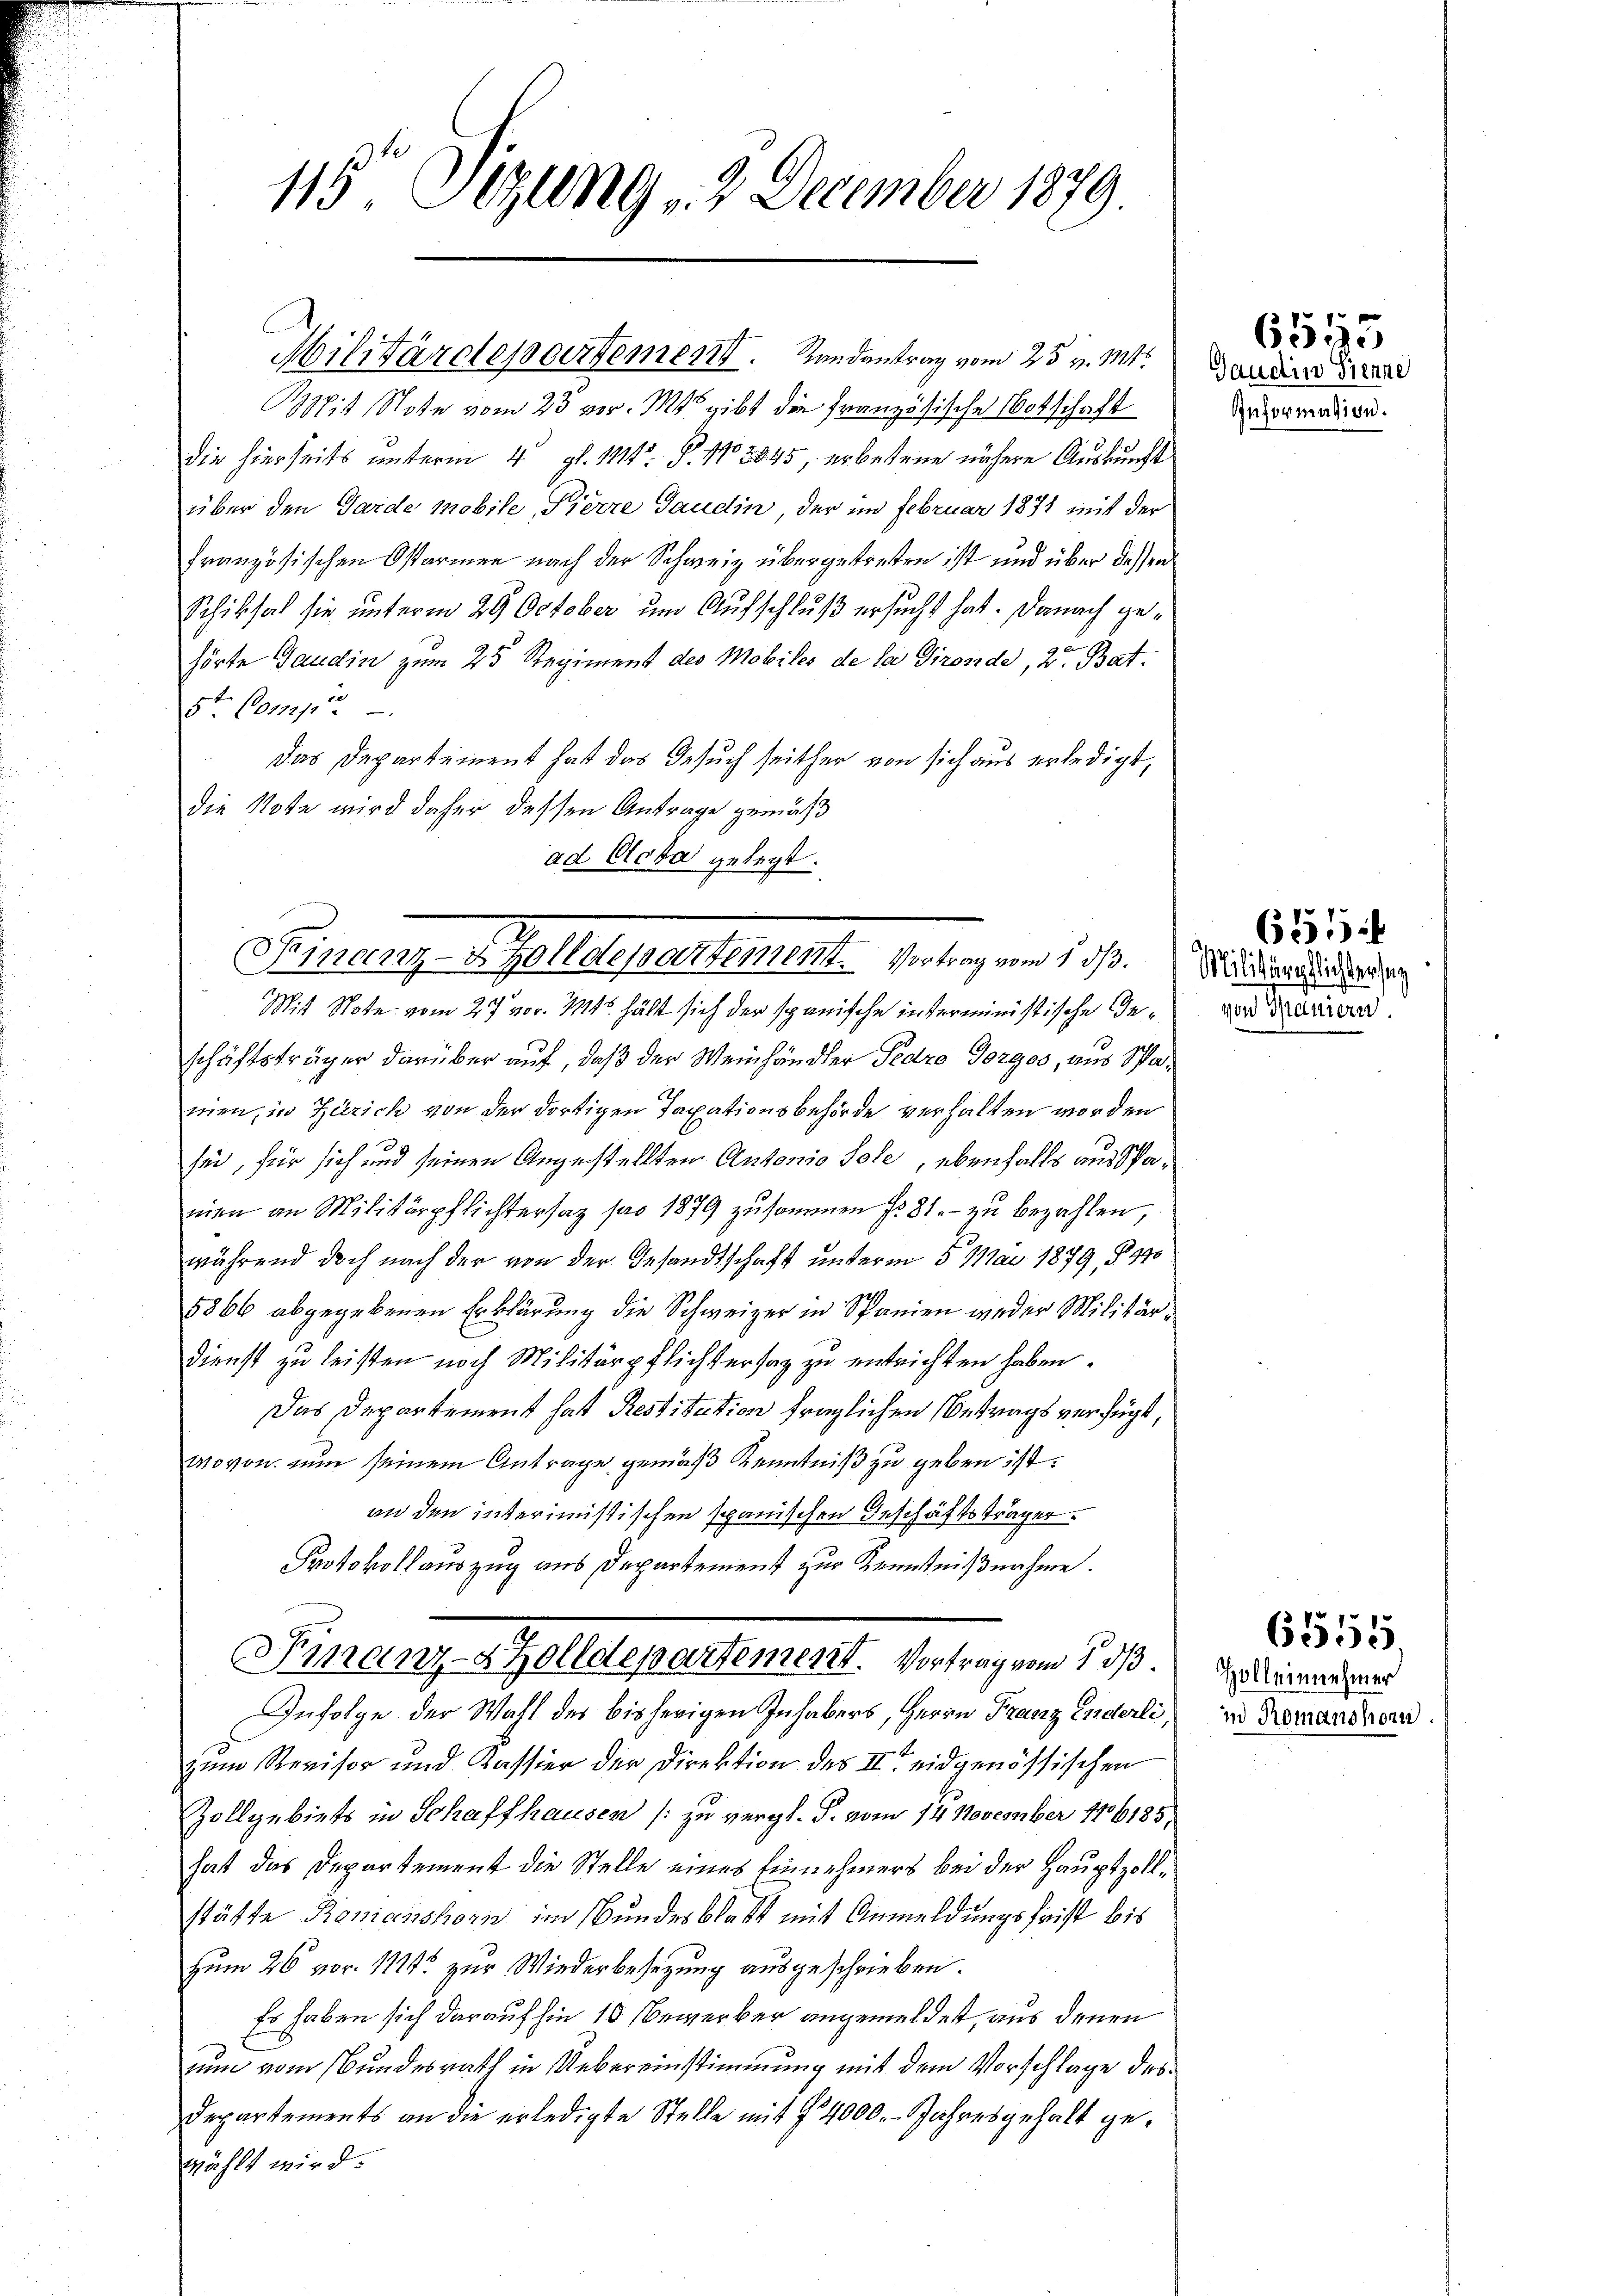
Mit Note vom 23 vor. Mts gibt die Französische Botschaft
die hierseits unterm 4. gl. Mt. P. No 2845, erbetene nähere Auskunft
über den Garde mobile, Pierre Gaudin, der im Februar 1871 mit der
französischen Ostarmen nach der Schweiz übergetreten ist und über dessen
Schiksal sie unterm 29. October um Aufschluß ersucht hat. Danach gehörte Gaudin zum 25 Regiment des Mobiles de la Gironde, 2. Bat.
5ten (17
Das Departement hat das Gesuch seither von sich aus erledigt,
die Note wird daher dessen Antrage gemäß
ad Acta gelegt.

115 Sizung 2 December 1879.

Militärdepartement. Randantrag vom 25. v. Mts.

Finanz-Zolldepartement. Vertrag und 11. Studieren der

Mit Note vom 27. vor. 111. hält sich der spanische interministische Geschäftsträger darüber auf, daß der Weinhändler Pedro Gorges, aus Spamien, in Zürich von der dortigen Taxationsbehörde verhalten worden
sei, für sich und seinen Angestellten Antonio Sole, ebenfalls aus Spareien an Militärpflichtersatz pro 1879 zusammen fr. 81. zu bezahlen,
während doch nach der von der Gesandtschaft unterm 5. Mai 1879, § 310
8866 abgegebenen Erklärung die Schweizer in Spanien weder Militär¬
Dienst zu leisten noch Militärpflichtertag zu entrichten haben.
Das Departement hat Restitution fraglichen Betrags verfügt,
wovon nun seinem Antrage gemäβ Kenntniß zu geben ist.
an den interimistischen spanischen Geschäftsträger.
Protokollauszug aus Departement zur Kenntnißnahme.
Finanz-Zolldepartement. Vortrag vom 1. ds.
Infolge der Wahl des bisherigen Inhabers, Herrn Franz Enderli,
zum Revisor und Kassier der Direktion des II eidgenössischen
Zollgebiets in Schaffhausen (zu vergl. J. vom 14 November 176185
hat das Departement die Stelle eines Einnehmers bei der Hauptzollstätte Konionshorn im Bundesblatt mit Anmeldungsfrist bis
Zum 26 vor. 1114 zur Wiederbesetzung ausgeschrieben.
Es haben sich darauf hin 10 bewerber angemeldet, aus denen
zuum vom Bundesrath in Uebereinstimmung mit dem Vorschlage des
Departements an die erledigte Stelle mit § 4000.- Jahresgehalt gewählt wird.

Gaudin Sienne
Information.

6555

von Spaniern.

655

Holleinnehmer
in Romanshorn.

61555.